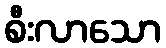
စီးလာသော